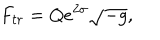
F _ { t r } = Q e ^ { 2 \sigma } \sqrt { - g } ,